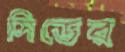
সিডের